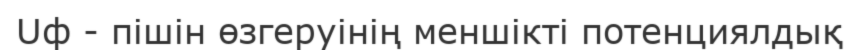
Uф - пішін өзгеруінің меншікті потенциялдық